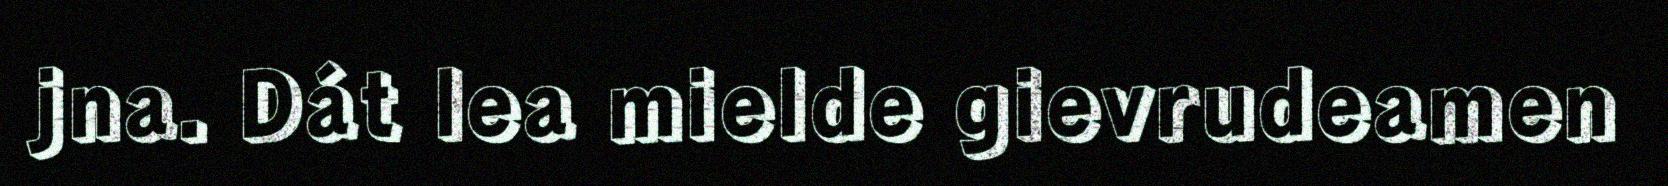
jna. Dát lea mielde gievrudeamen